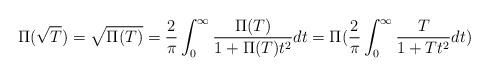
LaTeX: \begin{align*}\Pi (\sqrt{T}) = \sqrt{\Pi (T)} = \frac{2}{\pi} \int_0^{\infty} \frac{\Pi(T)}{1+\Pi(T)t^2} dt = \Pi( \frac{2}{\pi} \int_0^{\infty} \frac{T}{1+Tt^2} dt)\end{align*}